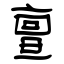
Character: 亶